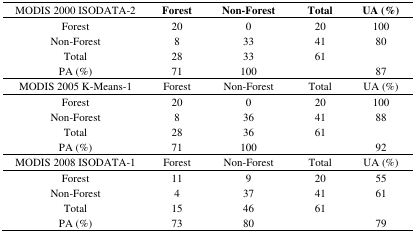
<table><thead><tr><td><b>MODIS 2000 ISODATA-2</b></td><td><b>Forest</b></td><td><b>Non-Forest</b></td><td><b>Total</b></td><td><b>UA (%)</b></td></tr></thead><tbody><tr><td>Forest</td><td>20</td><td>0</td><td>20</td><td>100</td></tr><tr><td>Non-Forest</td><td>8</td><td>33</td><td>41</td><td>80</td></tr><tr><td>Total</td><td>28</td><td>33</td><td>61</td><td></td></tr><tr><td>PA (%)</td><td>71</td><td>100</td><td></td><td>87</td></tr><tr><td>MODIS 2005 K-Means-1</td><td>Forest</td><td>Non-Forest</td><td>Total</td><td>UA (%)</td></tr><tr><td>Forest</td><td>20</td><td>0</td><td>20</td><td>100</td></tr><tr><td>Non-Forest</td><td>8</td><td>36</td><td>41</td><td>88</td></tr><tr><td>Total</td><td>28</td><td>36</td><td>61</td><td></td></tr><tr><td>PA (%)</td><td>71</td><td>100</td><td></td><td>92</td></tr><tr><td>MODIS 2008 ISODATA-1</td><td>Forest</td><td>Non-Forest</td><td>Total</td><td>UA (%)</td></tr><tr><td>Forest</td><td>11</td><td>9</td><td>20</td><td>55</td></tr><tr><td>Non-Forest</td><td>4</td><td>37</td><td>41</td><td>61</td></tr><tr><td>Total</td><td>15</td><td>46</td><td>61</td><td></td></tr><tr><td>PA (%)</td><td>73</td><td>80</td><td></td><td>79</td></tr></tbody></table>